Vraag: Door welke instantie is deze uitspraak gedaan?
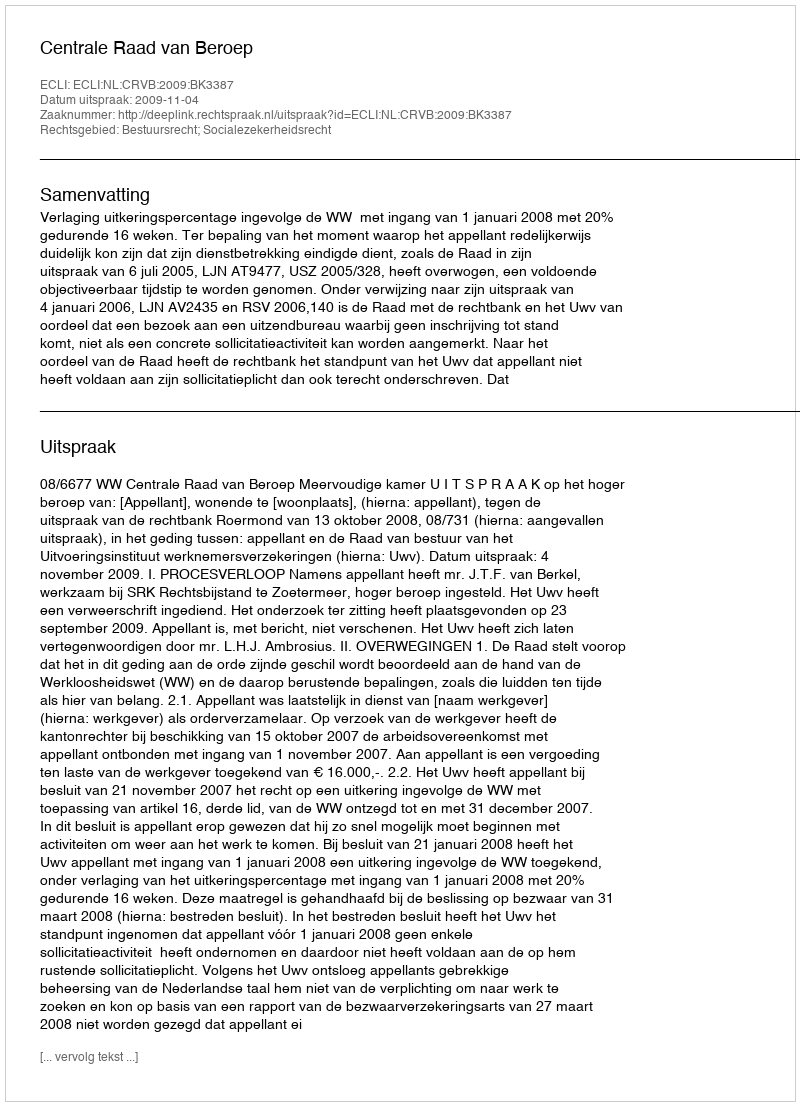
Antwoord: Centrale Raad van Beroep